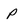
Character: p